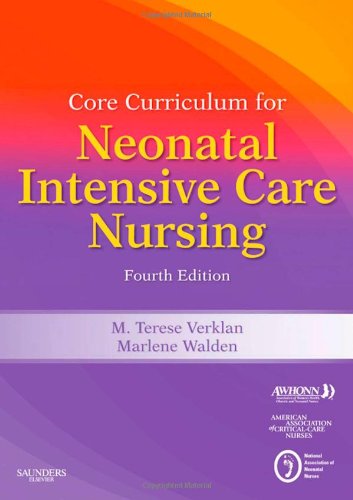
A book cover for Core Curriculum for Neonatal Intensive Care Nursing, 4e (Core Curriculum for Neonatal Intensive Care Nursing (AWHONN)); AWHONN; Medical Books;